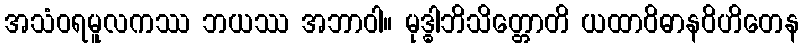
အသံဝရမူလကဿ ဘယဿ အဘာဝါ။ မုဒ္ဓါဘိသိတ္တောတိ ယထာဝိဓာနဝိဟိတေန